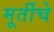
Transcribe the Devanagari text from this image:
मूर्तीचेे